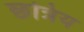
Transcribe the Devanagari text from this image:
छत्रिय